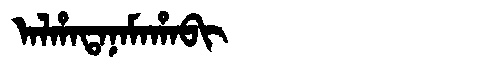
Manchu: ᠠᠯᡥᠠᡨᠠᠨᠠᠮᠠᡥᠠᠪᡳ
Romanization: ALHATANAMAHABI